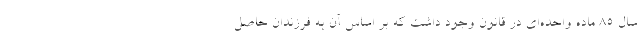
سال ۸۵ ماده واحده‌ای در قانون وجود داشت که بر اساس آن به فرزندان حاصل